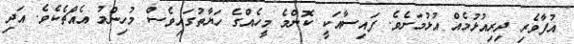
އުފާވެރި ދިރިއުޅުމެއް އުޅުމަށެވެ. ފައިސާއަކީ ކޮންމެ މީހެއްގެ ހަޔާތުގައިވެސް މުހިންމު އެއްޗެކެވެ. އަދި